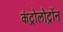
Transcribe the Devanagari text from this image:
कंट्रोलोट्रोंन